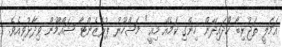
އަމަލީ ތަޖުރިބާ ހޯދައިދޭން ހިންގި ކަމެއް މިއީ" މަޝްހޫރު ޕުރެޒެންޓާ ޝައްމޫން ވިދާޅުވިއެވެ.